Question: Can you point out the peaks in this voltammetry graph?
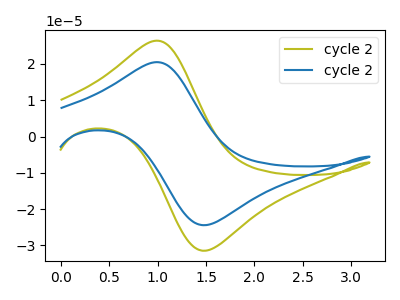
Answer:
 <answer>The olive curve "cycle 21" has an anodic peak at (1.00V, 26.40uA) and a cathodic peak at (1.50V, -31.40uA). The blue curve "cycle 22" has an anodic peak at (1.00V, 20.50uA) and a cathodic peak at (1.50V, -24.40uA).</answer>
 <eval></eval>